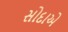
સોદાએ